Report on sanitation, dispensaries, and jails in Rajputana for 1921, and on vaccination for the year 1921-1922 - 1921-1922
Year: 1921
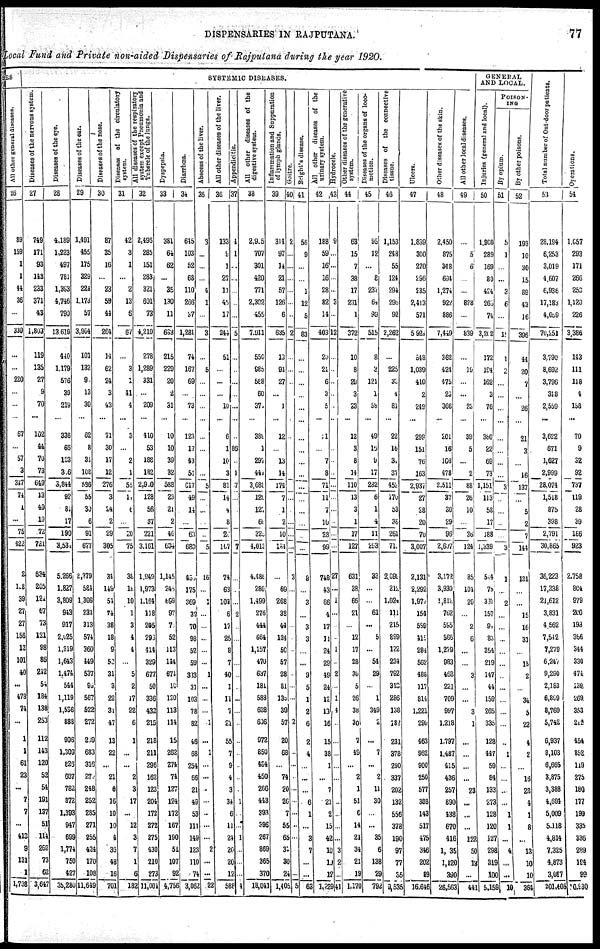
DISPENSARIES IN RAJPUTANA.
77
Local Fund and Private non-aided Dispensaries of Rajputana during the year 1920.
SES
All other general diseases.
26
89
159
1
1
44
36
...
330
...
...
220
...
...
...
67
...
57
3
347
74
1
...
75
422
2
128
39
27
27
156
12
101
40
...
478
74
...
1
1
61
23
...
7
7
...
413
9
131
1
1,738
SYSTEMIC DISEASES.
Diseases of the nervous system.
27
749
171
93
148
233
371
43
1,803
119
135
27
9
70
...
102
44
70
73
649
13
40
19
72
721
634
205
121
67
73
121
98
86
242
54
184
138
253
112
143
120
52
54
191
137
51
114
262
73
62
3,647
Diseases of the eye.
28
4,189
1,223
497
781
1,393
4,746
790
13,619
440
1,179
576
39
219
...
336
66
123
306
3,844
92
81
17
190
3,534
5,266
1,827
3,809
943
917
2,025
1,319
1,643
1,474
544
1,119
1,536
888
996
1,309
826
687
782
872
1,393
947
699
1,774
750
427
35,280
Diseases of the ear.
29
1,491
455
175
329
224
1,173
57
3,904
101
132
9
13
30
...
62
8
34
108
586
55
30
6
91
677
2,379
584
1,308
234
313
574
360
449
537
99
567
522
272
269
683
316
270
248
252
285
271
255
424
170
108
11,649
Diseases of the nose.
30
87
35
16
...
23
59
44
264
14
62
24
3
43
...
71
30
17
12
276
3
24
2
29
305
34
149
54
74
38
18
9
52
31
3
22
31
47
13
22
...
21
6
16
10
10
4
36
48
16
701
Diseases of the circulatory
system.
31
42
3
1
...
2
13
6
67
...
3
1
41
4
...
3
...
2
1
55
14
6
...
20
75
38
18
10
1
3
4
4
...
5
2
17
22
6
1
...
...
2
3
17
...
12
3
7
1
6
182
All diseases of the respiratory
system except Pneumonia and
Tubercle of the lungs.
32
2,496
285
151
283
321
601
73
4,210
278
1,289
331
...
209
...
410
53
188
182
2,910
128
56
37
221
3,161
1,949
1,973
1,164
118
205
296
414
329
677
50
336
432
215
218
211
296
162
123
204
172
272
275
430
210
273
11,064
Dyspepsia.
33
381
64
62
...
35
130
11
683
215
229
20
2
31
...
10
10
39
32
588
23
21
2
46
634
1,145
245
699
97
75
52
113
144
674
10
120
113
114
15
262
274
74
127
124
172
167
190
51
107
92
4,756
Diarrhœa.
34
645
103
52
68
110
266
37
1,281
74
167
69
...
73
...
123
17
43
51
617
49
14
...
63
680
455
175
369
32
70
98
52
59
383
31
103
78
82
46
68
254
66
21
49
53
111
149
123
110
74
3,062
Abscess of the liver.
35
3
...
...
...
4
1
...
3
...
5
...
...
...
...
...
...
...
...
5
...
...
...
...
5
16
...
1
...
...
...
...
...
1
...
...
...
1
...
1
...
...
...
...
...
...
...
2
...
...
22
All other diseases of the liver.
36
133
9
1
27
11
49
17
244
51
...
...
...
10
...
6
1
10
3
81
14
4
8
20
107
74
63
103
6
17
25
8
7
40
1
11
7
21
55
7
9
4
3
34
6
11
24
20
20
12
588
Appendicitis.
37
4
1
...
...
...
..
...
5
...
...
...
...
...
...
...
86
...
1
7
...
...
...
7
...
...
...
2
...
...
...
...
...
...
...
...
...
...
...
...
...
1
...
...
1
...
...
...
4
All other diseases of the
digestive system.
38
2,905
707
301
420
771
2,302
455
7,911
550
985
588
60
374
...
389
1
297
444
3,688
129
127
69
325
4,013
4,486
280
1,499
276
444
664
1,157
470
637
181
588
628
606
972
850
464
450
266
443
393
396
267
869
365
370
18,041
Inflammation and Suppuration
of lymph glands.
39
314
97
14
21
57
126
6
635
13
94
27
...
1
...
12
...
13
14
174
7
1
2
10
184
...
69
268
38
44
124
50
57
28
81
135
39
57
20
68
...
74
20
26
7
55
65
31
30
24
1,405
Gioitre.
40
2
...
...
...
...
...
...
2
...
...
...
...
...
...
...
...
...
...
...
...
3
...
...
...
...
...
...
...
2
...
...
...
...
...
...
...
...
...
...
5
Bright's disease.
41
56
9
...
...
1
12
5
83
...
...
...
...
...
...
...
...
...
...
...
...
...
...
...
...
8
...
3
...
3
3
...
...
9
5
1
2
6
2
4
...
...
...
6
1
...
3
7
...
...
63
All other diseases of the
urinary system.
42
188
59
16
16
28
82
14
403
20
21
6
3
5
...
11
...
7
8
71
11
7
10
28
99
748
43
66
4
17
11
24
29
49
24
12
13
16
15
38
1
...
7
21
2
15
42
10
10
12
1,229
Hydrocele.
43
9
...
...
...
...
3
...
12
...
...
...
...
...
...
...
...
...
...
...
...
...
...
...
...
27
...
1
...
...
...
1
...
2
...
1
4
...
...
...
...
...
...
...
...
3
2
...
41
Other diseases of the generative
system.
44
63
15
7
38
17
231
1
372
10
8
29
3
23
...
12
3
8
14
110
13
3
1
17
127
631
38
66
21
...
12
17
28
30
5
26
38
30
7
49
...
2
1
51
6
14
21
34
21
19
1,170
Diseases of the organs of loco-
motion.
45
95
12
...
8
237
64
99
515
8
3
121
1
58
...
49
16
9
17
282
6
1
4
11
293
33
...
...
61
...
5
...
54
29
...
1
349
2
...
7
...
2
11
30
...
...
35
6
138
29
792
Diseases of the connective
tissue.
46
1,153
248
55
124
294
296
92
2,262
...
225
33
4
81
...
22
16
34
37
452
170
53
38
261
715
2,099
212
1,024
111
215
899
122
234
792
313
286
138
187
231
378
290
337
202
132
556
378
190
97
77
35
3,535
Ulcers.
47
1,839
300
270
296
235
2,413
571
5,924
548
1,039
410
2
249
...
299
151
76
163
2,937
27
28
20
70
3,007
2,131
2,292
1,977
154
589
415
284
562
488
117
814
1,221
290
463
962
900
250
577
388
143
517
475
346
202
89
16,646
Other diseases of the skin.
48
2,450
875
348
694
1,274
922
886
7,449
362
424
475
23
366
...
201
16
166
478
2,511
37
30
29
96
2,607
3,172
3,930
1,812
762
595
566
1,279
983
468
221
709
997
1,218
1,797
1,487
415
436
257
890
438
670
416
1,035
1,120
390
26,563
All other local diseases.
49
...
5
6
...
...
828
...
839
...
19
...
...
23
...
39
5
...
2
88
26
10
...
36
124
85
104
29
...
2
6
...
...
3
...
...
3
1
...
...
...
...
23
...
...
...
122
50
13
...
441
GENERAL
AND LOCAL.
Injuries (general and local).
50
1,900
289
169
80
424
265
74
3,202
172
194
162
3
76
...
380
22
69
73
1,151
113
58
17
188
1,339
544
75
367
157
94
83
354
219
147
44
159
265
335
128
447
59
84
133
273
128
120
127
298
319
100
5,159
POISON¬
ING
By opium.
51
5
1
...
...
3
6
...
19
1
2
...
...
...
...
...
...
...
...
3
...
...
...
...
3
1
...
2
...
...
...
...
...
...
...
...
...
...
...
1
...
...
...
...
1
1
...
4
...
...
10
By other poisons.
52
193
10
30
15
89
43
16
396
44
20
7
...
26
...
21
3
...
16
137
...
5
2
7
144
131
...
...
15
16
31
...
15
2
...
34
5
22
4
2
...
16
28
4
1
8
...
13
10
10
364
Total number of Out-door patients.
53
28,194
6,253
3,019
4,607
6,936
17,183
4,059
70,251
3,790
8,692
3,796
318
2,559
...
3,622
671
1,627
2,999
28,074
1,518
875
398
2,791
30,865
36,223
17,338
21,612
3,831
4,662
7,542
7,279
6,247
9,290
2,183
6,899
8,769
5,742
6,937
8,103
6,665
3,875
3,388
4,694
5,009
5,118
4,814
7,325
4,873
3,087
201,405
Operations.
54
1,057
293
171
266
253
1,120
226
3,386
143
111
118
4
158
...
70
9
32
92
737
119
28
39
186
923
2,758
804
979
200
193
366
344
330
474
139
269
353
212
454
852
119
275
180
177
199
335
336
289
l94
99
10,930